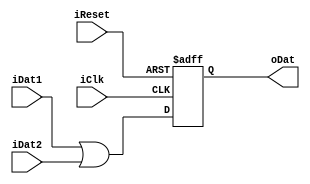
module Ques3_Reset(
	input iReset, iClk,
	input iDat1, iDat2,
	output reg oDat
);

	always@(posedge iClk or negedge iReset)
	begin
		if (!iReset)
			oDat<=0;
		else
			oDat<=iDat1 | iDat2;
	end

endmodule